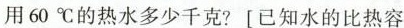
用60^{\circ}C的热水多少千克?[已知水的比热容